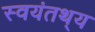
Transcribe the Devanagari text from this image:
स्वयंतथ्‌य